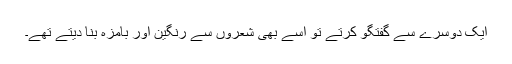
ایک دوسرے سے گفتگو کرتے تو اسے بھی شعروں سے رنگین اور بامزہ بنا دیتے تھے۔